Punjab Mental Hospital Lahore 1922-31 - 1922-1931
Year: 1922
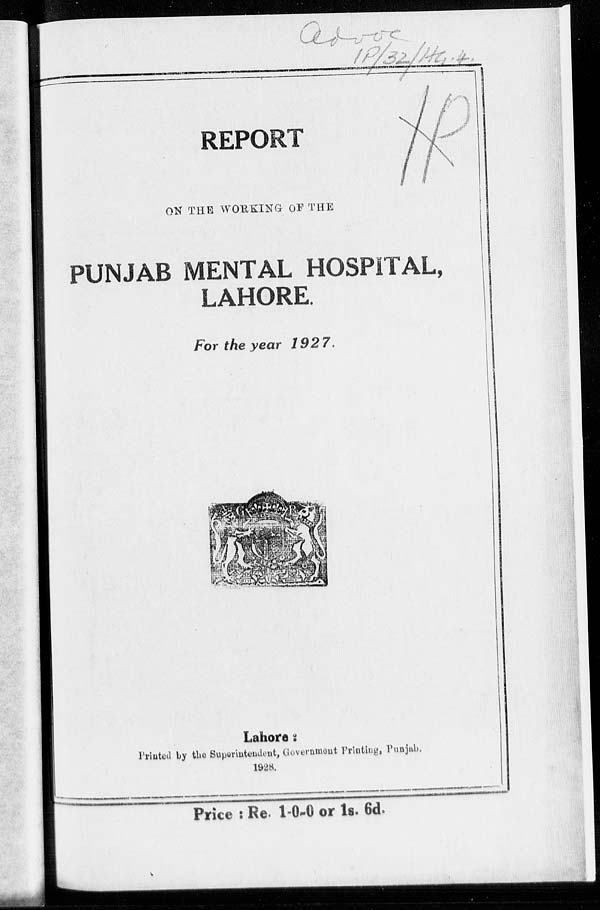
REPORT
ON THE WORKING OF THE
PUNJAB MENTAL HOSPITAL,
LAHORE.
For the year 1927.
Lahore :
Printed by the Superintendent, Government Printing, Punjab.
1928.
Price : Re. 1-0-0 or 1s. 6d.